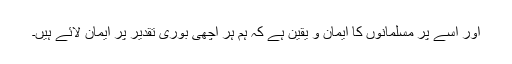
اور اسے پر مسلمانوں کا ایمان و یقین ہے کہ ہم ہر اچھی بوری تقدیر پر ایمان لائے ہیں۔